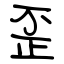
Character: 歪